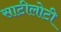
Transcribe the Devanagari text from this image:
साटीलोटी